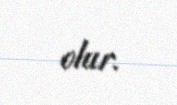
olur.